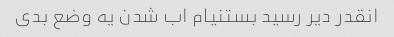
انقدر دیر رسید بستنیام اب شدن یه وضع بدی